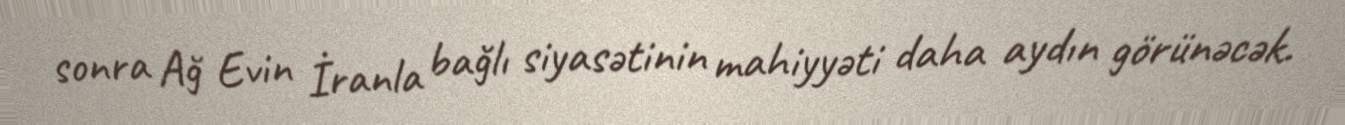
sonra Ağ Evin İranla bağlı siyasətinin mahiyyəti daha aydın görünəcək.